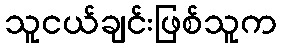
သူငယ်ချင်းဖြစ်သူက